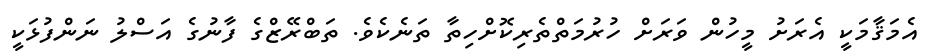
އެމަޤާމަކީ އެރަށު މީހުން ވަރަށް ހުރުމަތްތެރިކޮށްހިތާ ތަނެކެވެ. ތަބްރޭޒްގެ ފާނުގެ އަސްލު ނަންފުޅަކީ